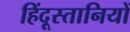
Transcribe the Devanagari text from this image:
हिंदूस्तानियों